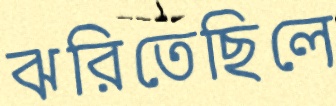
ঝরিতেছিলে